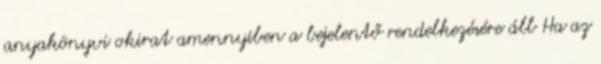
anyakönyvi okirat amennyiben a bejelentő rendelkezésére áll Ha az